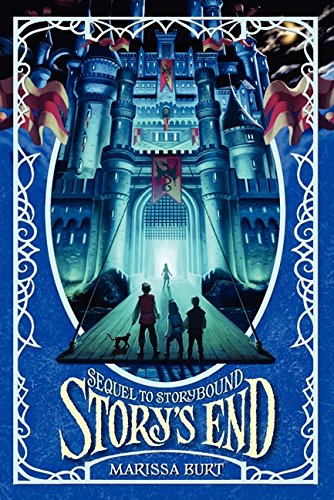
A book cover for Story's End (Storybound); Marissa Burt; Children's Books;